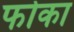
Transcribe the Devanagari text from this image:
फोका